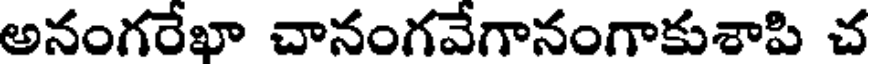
అనంగరేఖా చానంగవేగానంగాకుశాపి చ